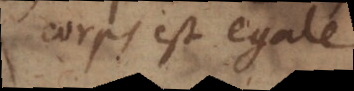
corps est egale.